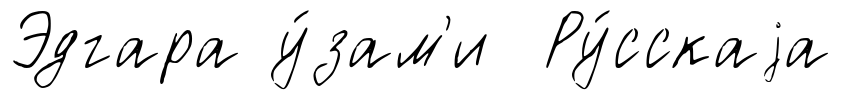
Эдгара у́зам'и Ру́сскаjа